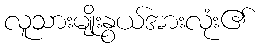
လူသားမျိုးနွယ်အားလုံး၏